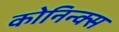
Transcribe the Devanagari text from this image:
कोनिन्क्स